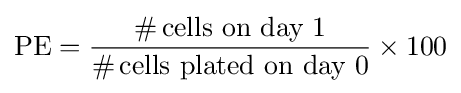
\mathrm {PE} ={\frac {\#\,{\text{cells on day 1}}}{\#\,{\text{cells plated on day 0}}}}\times 100